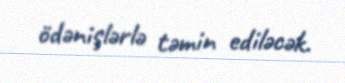
ödənişlərlə təmin ediləcək.